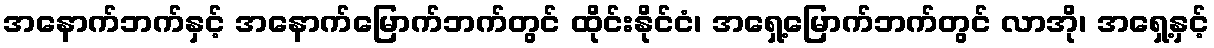
အနောက်ဘက်နှင့် အနောက်မြောက်ဘက်တွင် ထိုင်းနိုင်ငံ၊ အရှေ့မြောက်ဘက်တွင် လာအို၊ အရှေ့နှင့်